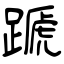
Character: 蹏